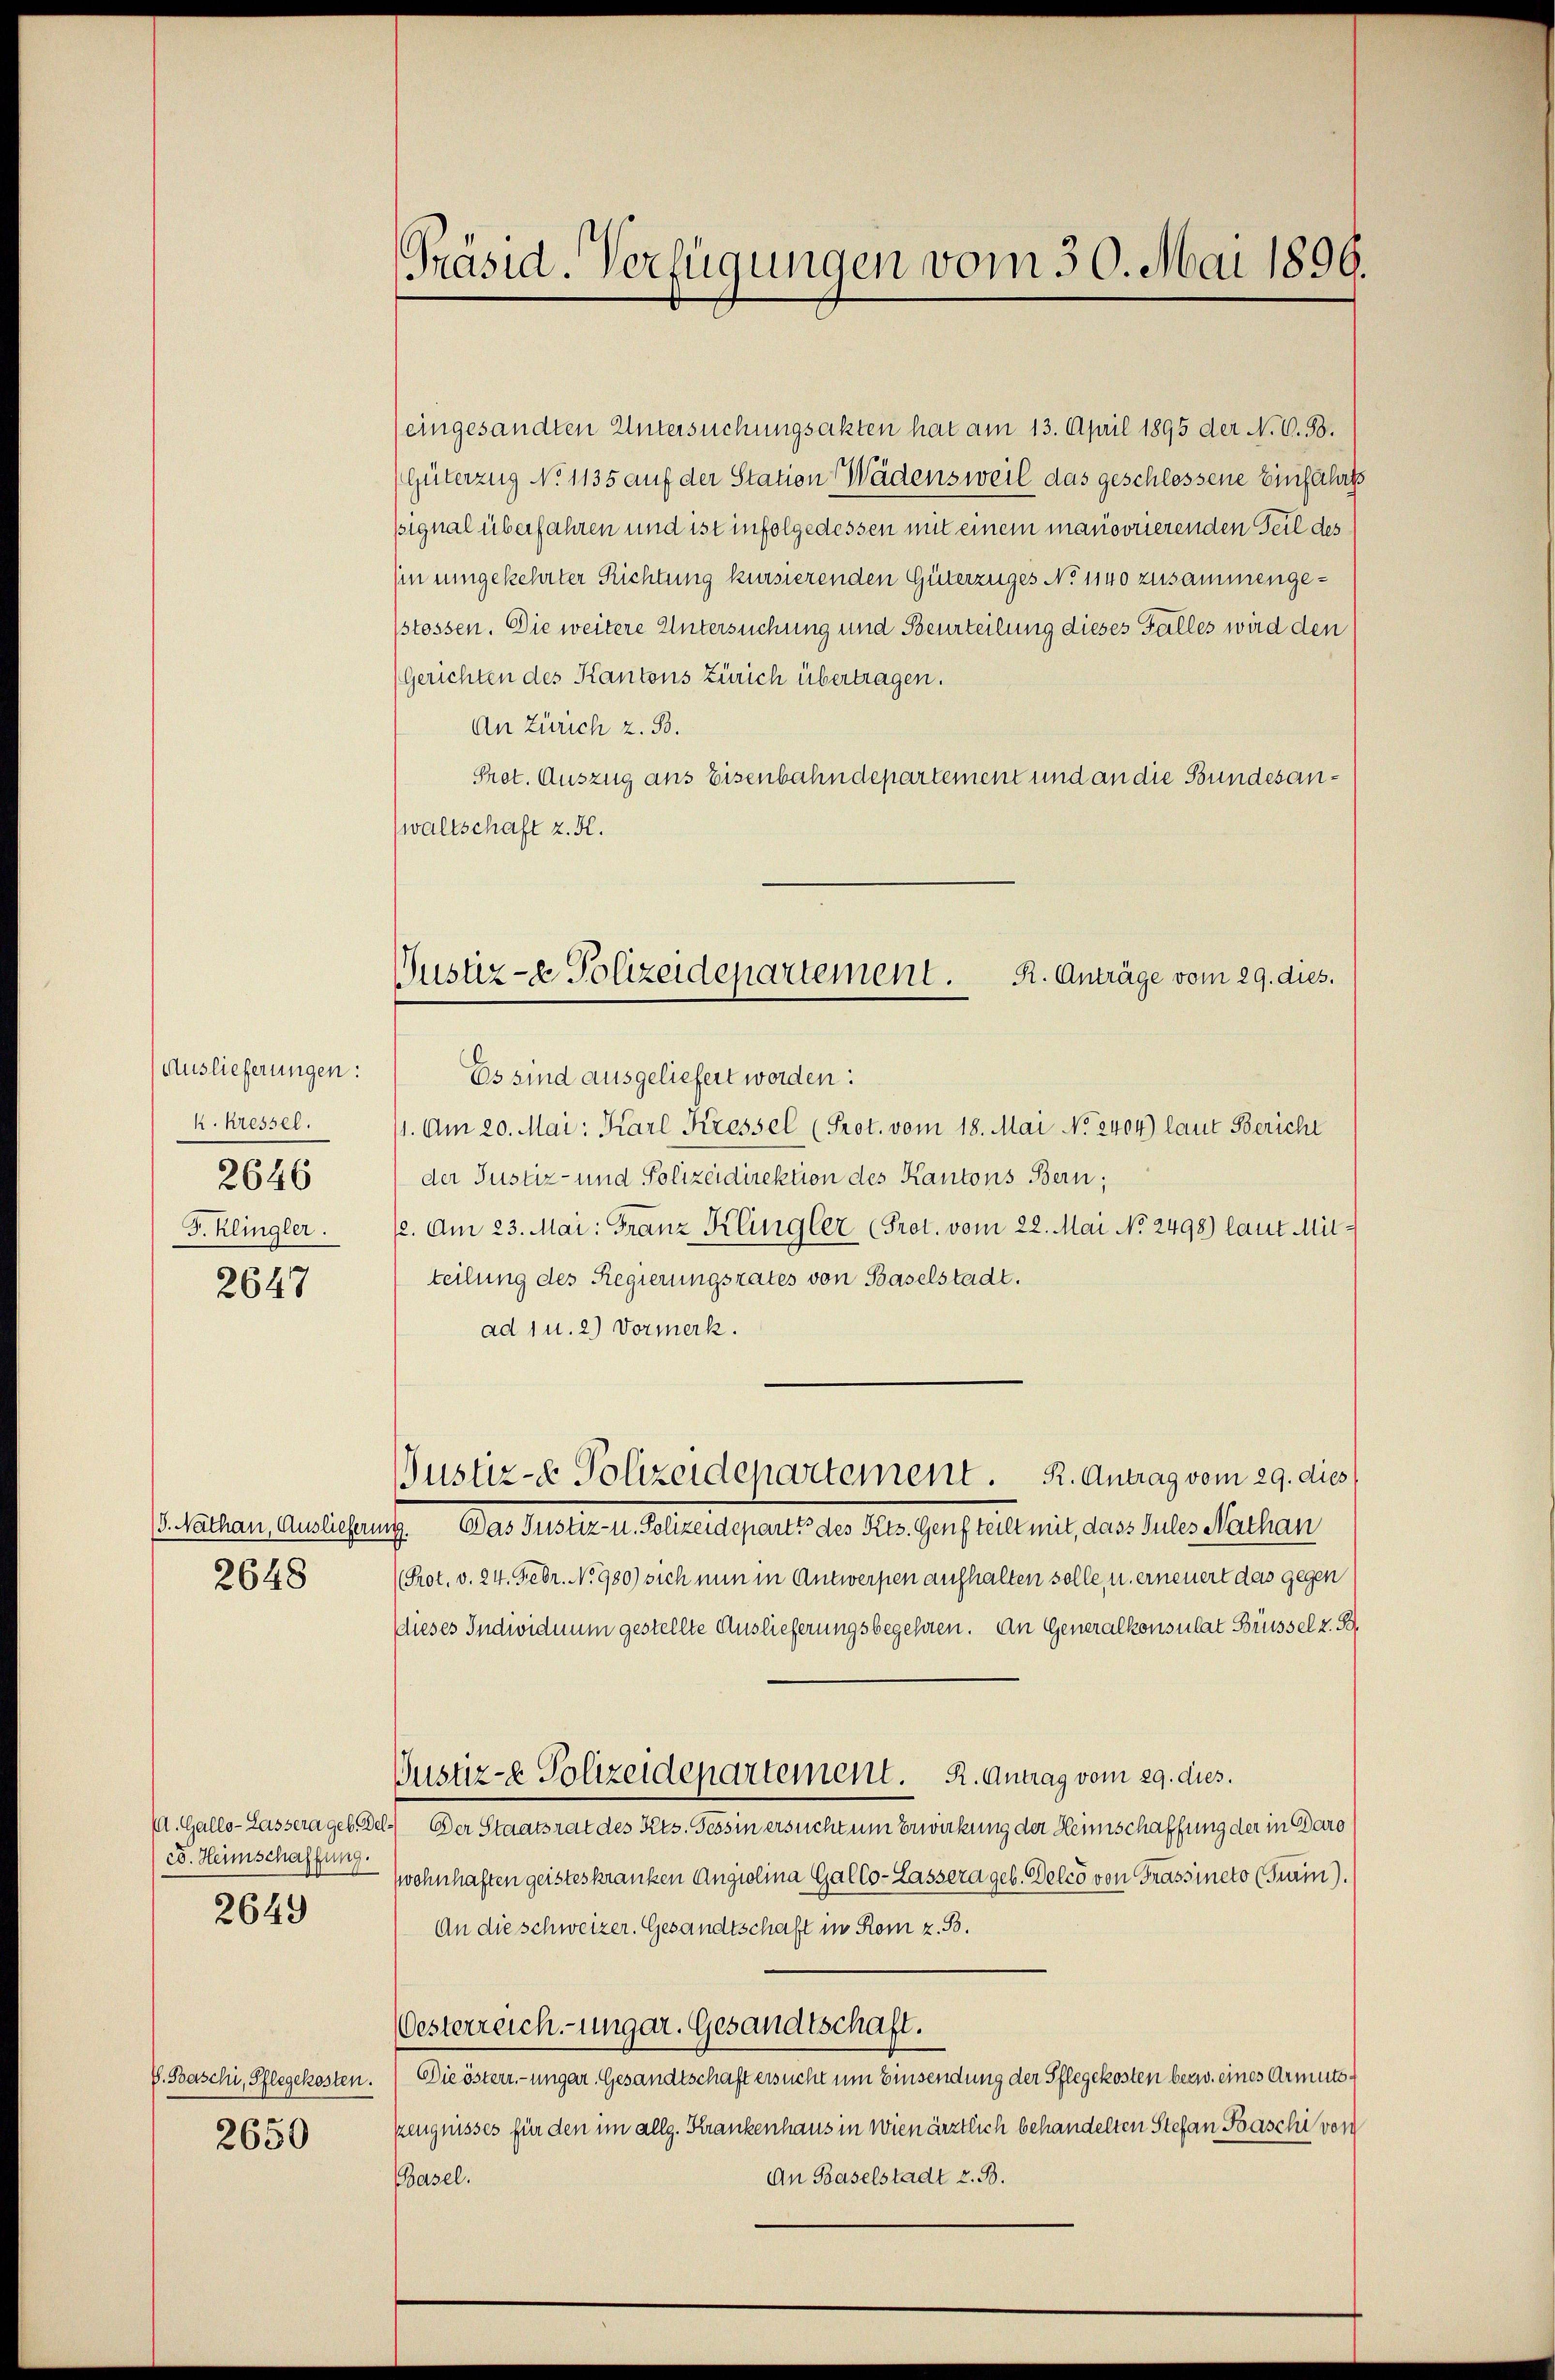
Auslieferungen:
k. Kressel.
2646
F. Klingler.
2647

15. Nathan, Ausliefer
2648

(A. Gallo-Lassera geb. Del
ed. Heimschaffung.
2649

V. Baschi, Pflegekosten.
2650

Präsid. Verfügungen vom 30. Mai 1899.

Justiz- & Polizeidepartement. R. Anträge vom 29. dies.

eingesandten Untersuchungsakten hat am 13. April 1895 der N. V. B.
(Güterzug No 1135 auf der Station Wädensweil das geschlossene Einfahrts
pignal überfahren und ist infolgedessen mit einem manoorierenden Teil des
hin umgekehrter Richtung kursierenden Güterzuges No 1140 zusammengestossen. Die weitere Untersuchung und Beurteilung dieses Falles wird den
(Gerichten des Kantons Zürich übertragen.
An Zürich z. B.
Prot. Auszug ans Eisenbahndepartement und an die Bundesanwaltschaft z. H.
Es sind ausgeliefert worden:
1. Am 20. Mai: Karl Kressel (Prot. vom 18. Mai No 2404) laut Beriche
der Justiz- und Polizeidirektion des Kantons Bern;
12. Am 23. Mai: Franz Klingler (Prot. vom 22. Mai No 2498) laut Mitteilung des Regierungsrates von Baselstadt.
ad 1 u. 2) Vormerk.
ustiz-e Polizeidepartement. R. Antrag vom 29. dies
s
Das Justiz- u. Polizeidepartz des Heis. Genfteilt mit, dass Sules Nathan
(Prot. v. 24. Febr. No. 980) sich nun in Antwerpen aufhalten solle, u. erneuert das gegen
(dieses Individuum gestellte Auslieferungsbegehren. An Generalkonsulat Brüssel z. B.
Justiz- & Polizeidepartement. R. Antrag vom 29. dies.
) Der Staatsrat des Kts. Tessin ersucht um Erwirkung der Heimschaffung der in Daro
Zwohnhaften geisteskranken Angiolina Gallo-Cassera geb. Delco von Frassineto (Surm).
An die schweizer. Gesandtschaft in Rom z. B.
Oesterreich.-ungar. Gesandtschaft.
Die österr.-ungar. Gesandtschaft ersucht um Einsendung der Pflegekosten bezw. eines Armutszeugnisses für den im allg. Krankenhaus in Wien ärztlich behandelten Stefan Baschi von
An Baselstadt z. B.
(Basel.